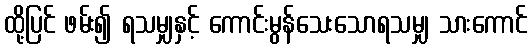
ထို့ပြင် ဖမ်း၍ ရသမျှနှင့် ကောင်းမွန်သေးသောရသမျှ သားကောင်